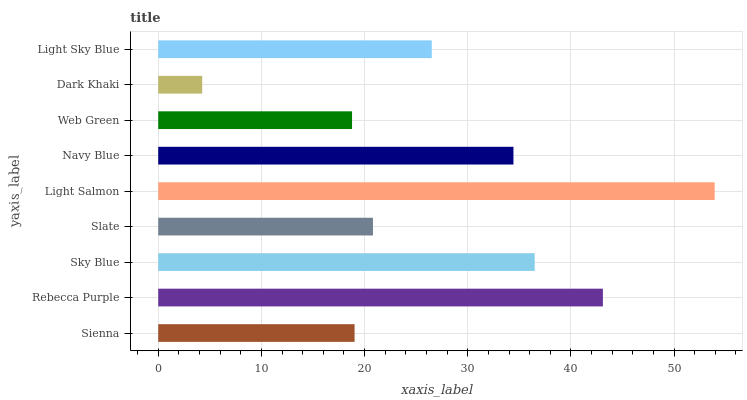
| yaxis_label | bars |
 | --- | --- |
 | Sienna | 19 |
 | Rebecca Purple | 43.1 |
 | Sky Blue | 36.5 |
 | Slate | 20.8 |
 | Light Salmon | 53.9 |
 | Navy Blue | 34.4 |
 | Web Green | 18.8 |
 | Dark Khaki | 4.26 |
 | Light Sky Blue | 26.5 |